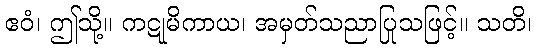
ဧဝံ၊ ဤသို့။ ကဋုမိကာယ၊ အမှတ်သညာပြုသဖြင့်။ သတိ၊